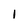
Character: 1